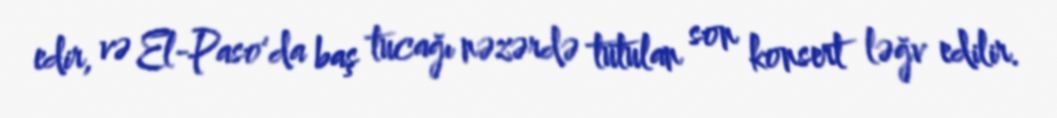
edir, və El-Paso'da baş tucağı nəzərdə tutulan son konsert ləğv edilir.